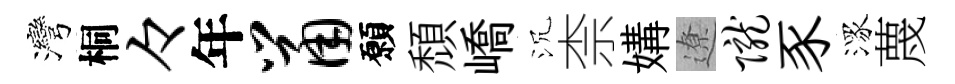
灣桐々年鼠願頹嶠沉柰媾遼陇豕潈蔑